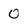
Character: 0